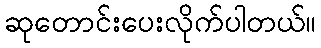
ဆုတောင်းပေးလိုက်ပါတယ်။